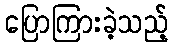
ပြောကြားခဲ့သည့်